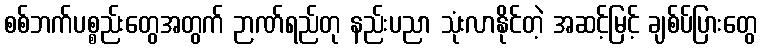
စစ်ဘက်ပစ္စည်းတွေအတွက် ဉာဏ်ရည်တု နည်းပညာ သုံးလာနိုင်တဲ့ အဆင့်မြင့် ချစ်ပ်ပြားတွေ